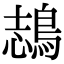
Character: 𪁓